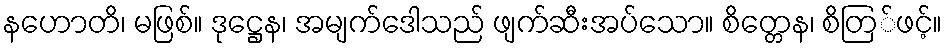
နဟောတိ၊ မဖြစ်။ ဒုဋ္ဌေန၊ အမျက်ဒေါသည် ဖျက်ဆီးအပ်သော။ စိတ္တေန၊ စိတြ်ဖင့်။